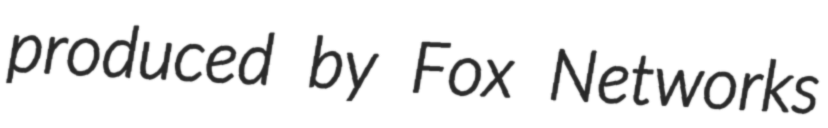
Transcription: produced by Fox Networks